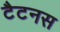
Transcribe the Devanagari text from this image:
टैटनस